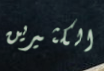
الكثيرين